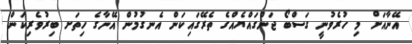
އޭނާއަށް މި ހުރެވުނީ ގަސްބޯ ޖަންގައްޔެއްގެ ތެރޭގައިކަން އެނގުމުން އޭނާގެ ހިތަށ ބިރުވެރިކަން